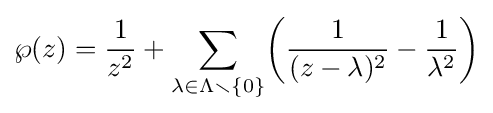
\wp (z)={\frac {1}{z^{2}}}+\sum _{\lambda \in \Lambda \smallsetminus \{0\}}\!\left({\frac {1}{(z-\lambda )^{2}}}-{\frac {1}{\lambda ^{2}}}\right)